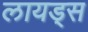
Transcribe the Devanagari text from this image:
लायड्स